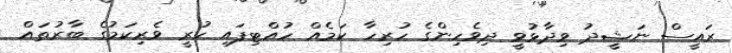
ރައީސް ނަޝީދު ވިދާޅުވީ ދިވެހިންގެ ހުރިހާ ކަމެއް ހުއްޓިފައި ހުރީ ވެރިކަމުގެ ބާރުތައް